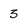
Character: 3